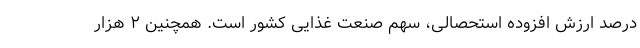
درصد ارزش افزوده استحصالی، سهم صنعت غذایی کشور است. همچنین ۲ هزار